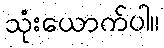
သုံးယောက်ပါ။